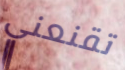
تقنعني